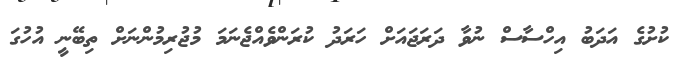
ކުށުގެ އަދަބު އިހްސާސް ނުވާ ދަރަޖައަށް ހަރަދު ކުރަންވެއްޖެނަމަ މުޖުރިމުންނަށް ތިބޭނީ އުހުގަ